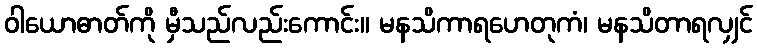
ဝါယောဓာတ်ကို မှီသည်လည်းကောင်း။ မနသိကာရဟေတုကံ၊ မနသိတာရလျှင်